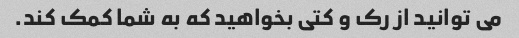
می توانید از رک و کتی بخواهید که به شما کمک کند.